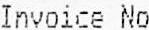
INVOICE NO